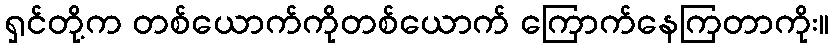
ရှင်တို့က တစ်ယောက်ကိုတစ်ယောက် ကြောက်နေကြတာကိုး။